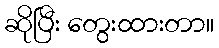
ဆိုပြီး တွေးထားတာ။